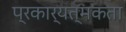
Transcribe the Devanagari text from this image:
प्रकार्यत्मकता